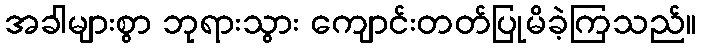
အခါများစွာ ဘုရားသွား ကျောင်းတတ်ပြုမိခဲ့ကြသည်။